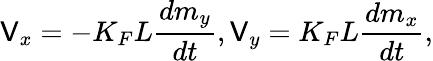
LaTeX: \mathsf{V}_{x}=-K_{F}L\frac{{dm_{y}}}{{dt}},\mathsf{V}_{y}=K_{F}L\frac{{dm_{x}}}{{dt}},